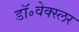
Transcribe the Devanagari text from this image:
डॉ॰वेक्स्लर